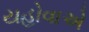
યહોવાએ